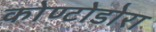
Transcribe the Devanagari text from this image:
कोण्टोडोरा